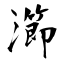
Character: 瀄